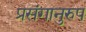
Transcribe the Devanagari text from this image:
प्रसंगानुरुप